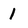
Character: 1